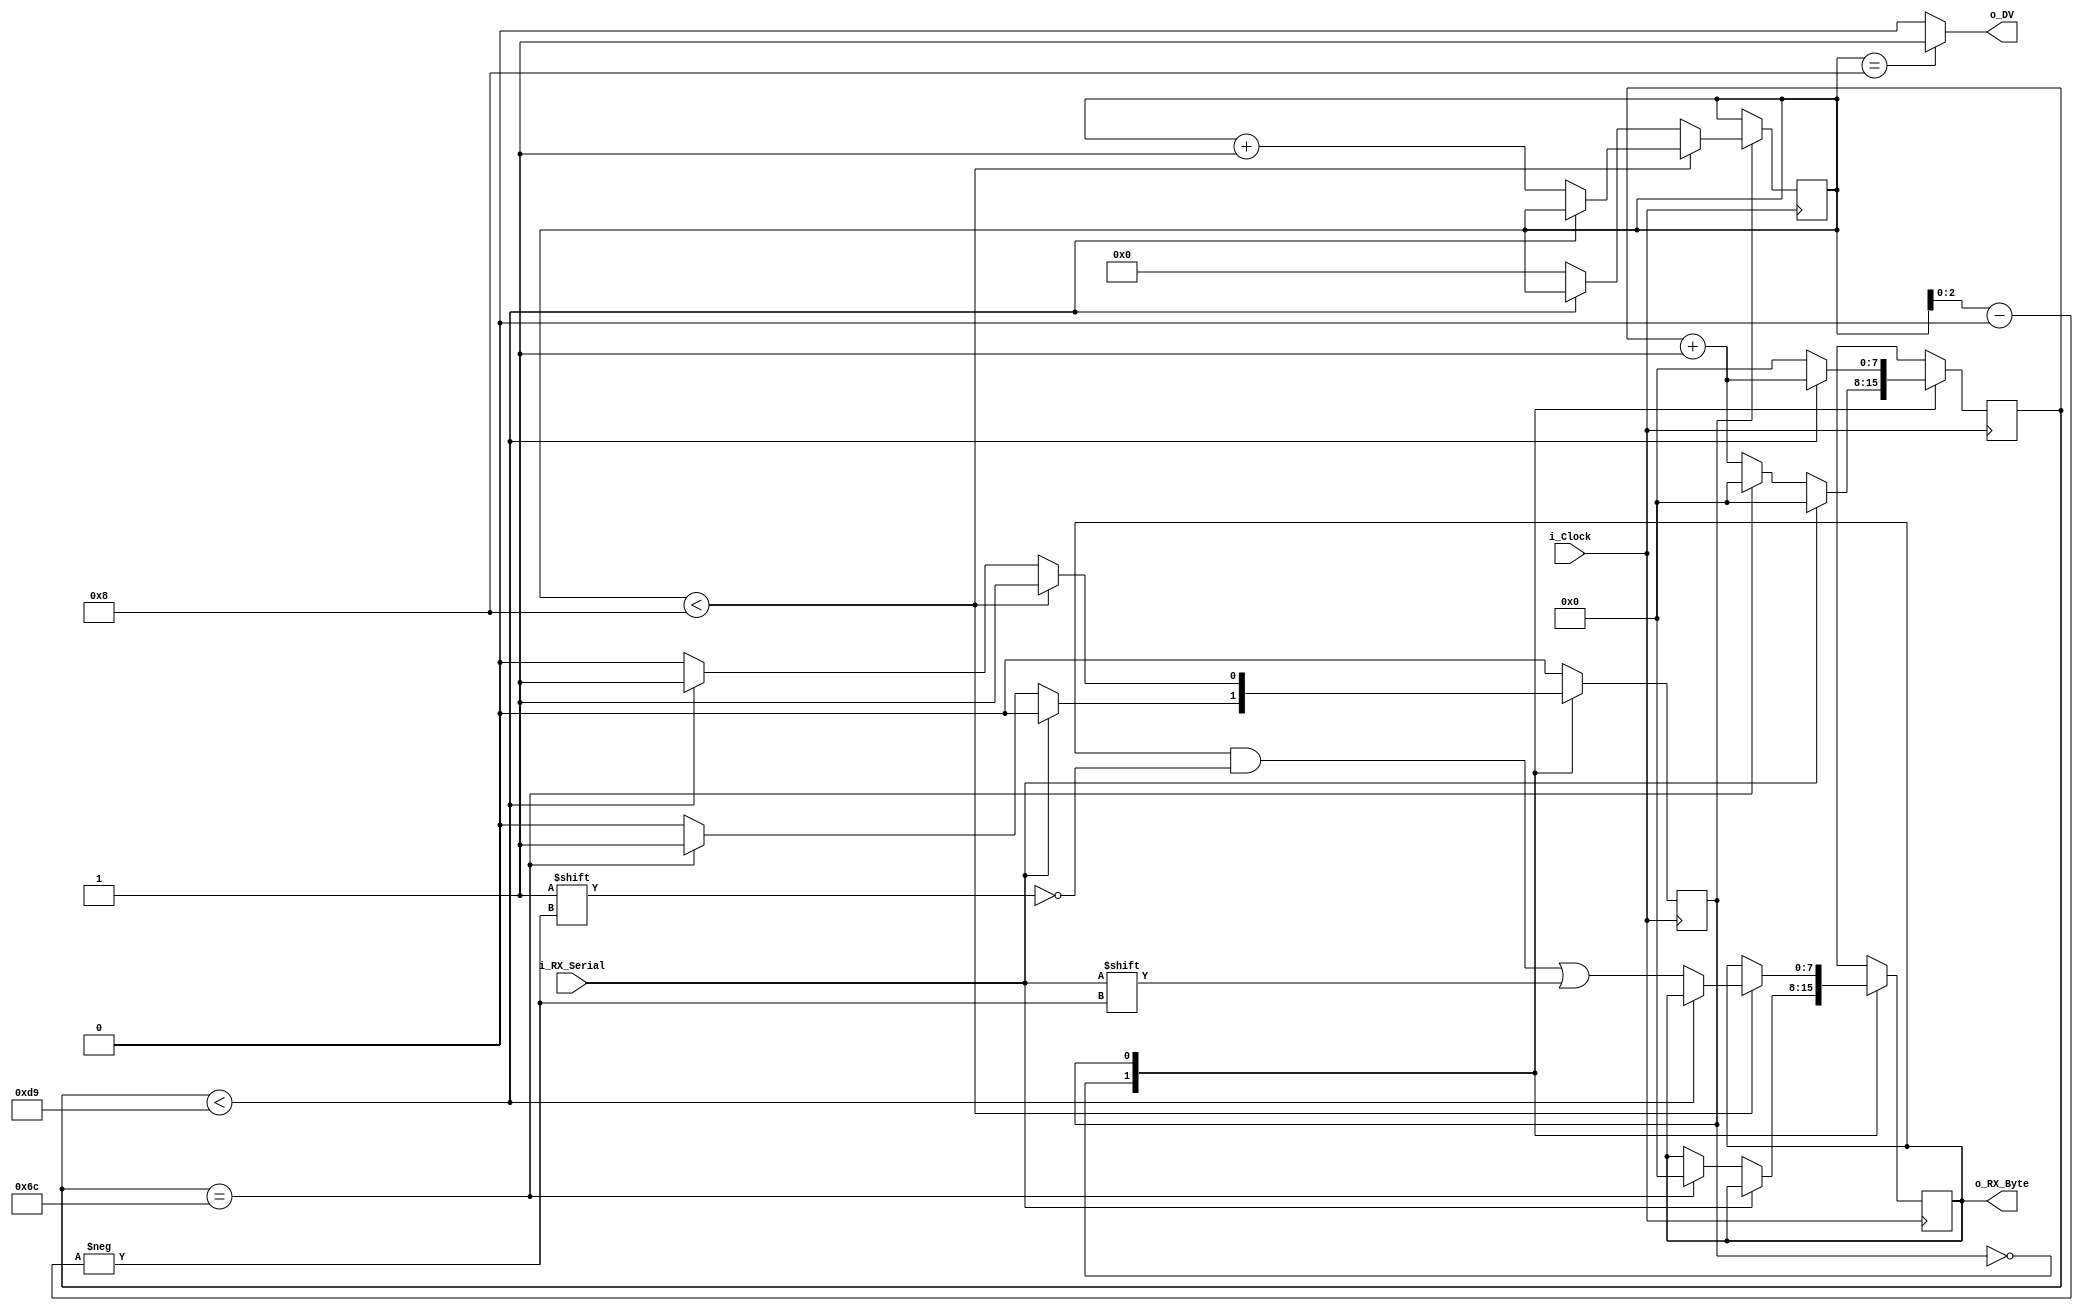
// This file contains the UART Receiver.  This receiver is able to
// receive 8 bits of serial data, one start bit, one stop bit,
// and no parity bit.
//
// Set Parameter CLKS_PER_BIT as follows:
// CLKS_PER_BIT = (Frequency of i_Clock)/(Frequency of UART)
// Example: 25 MHz Clock, 115200 baud UART
// (25000000)/(115200) = 217

module UART_RX #(parameter CLKS_PER_BIT = 217) (
	input        i_Clock,
	input        i_RX_Serial,
	output		 o_DV,
	output [7:0] o_RX_Byte
);

parameter STATE_IDLE = 1'b0;
parameter STATE_READING = 1'b1;

reg [0:0] r_SM_State = 0;
reg [7:0] r_Clock_Count = 0;
reg [7:0] r_RX_Byte = 0;
reg [3:0] r_Bits_Count = 0;

always @(posedge i_Clock) begin
	case (r_SM_State)
		STATE_IDLE:
			begin
				if (i_RX_Serial == 1'b0) begin
					if (r_Clock_Count == (CLKS_PER_BIT - 1)/2) begin
						r_Clock_Count <= 0;
						r_RX_Byte <= 0;
						r_SM_State <= STATE_READING;
					end else
						r_Clock_Count <= r_Clock_Count + 1;
				end else begin
					r_Clock_Count <= 0;
				end

			end
		STATE_READING:
			begin
				if (r_Bits_Count < 8) begin
					if (r_Clock_Count < CLKS_PER_BIT) // forward to next bit
						r_Clock_Count <= r_Clock_Count + 1;
					else begin
						r_RX_Byte[r_Bits_Count[2:0]] <= i_RX_Serial;
						r_Bits_Count <= r_Bits_Count + 1;
						r_Clock_Count <= 0;
					end
				end else begin // done reading 8 bits, skip to STOP bit
					if (r_Clock_Count < CLKS_PER_BIT)
						r_Clock_Count <= r_Clock_Count + 1;
					else begin
						r_Clock_Count <= 0;
						r_Bits_Count <= 0;
						r_SM_State <= STATE_IDLE;
					end
				end
			end

		default:
			r_SM_State <= STATE_IDLE;
	endcase // r_SM_State
end

assign o_RX_Byte = r_RX_Byte;
assign o_DV = r_Bits_Count == 8 ? 1'b1 : 1'b0;

endmodule // UART_RX